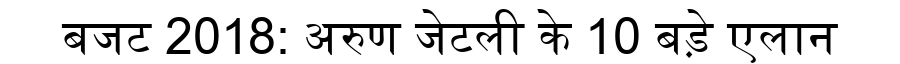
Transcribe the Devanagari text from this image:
बजट 2018: अरुण जेटली के 10 बड़े एलान